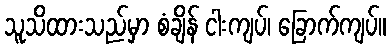
သူသိထားသည်မှာ စံချိန် ငါးကျပ်၊ ခြောက်ကျပ်။